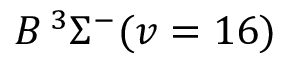
B \, { } ^ { 3 } \Sigma ^ { - } ( v = 1 6 )